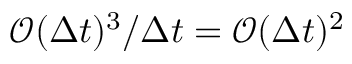
\mathcal { O } ( \Delta t ) ^ { 3 } / \Delta t = \mathcal { O } ( \Delta t ) ^ { 2 }